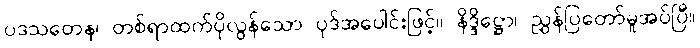
ပဒသတေန၊ တစ်ရာထက်ပိုလွန်သော ပုဒ်အပေါင်းဖြင့်။ နိဒ္ဒိဋ္ဌော၊ ညွှန်ပြတော်မူအပ်ပြီ။